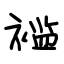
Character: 褴